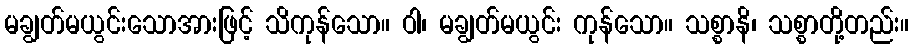
မချွတ်မယွင်းသောအားဖြင့် သိကုန်သော။ ဝါ၊ မချွတ်မယွင်း ကုန်သော။ သစ္စာနိ၊ သစ္စာတို့တည်း။